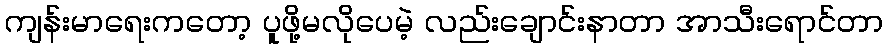
ကျန်းမာရေးကတော့ ပူဖို့မလိုပေမဲ့ လည်းချောင်းနာတာ အာသီးရောင်တာ